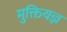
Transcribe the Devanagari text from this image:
मुक्तियज्ञ